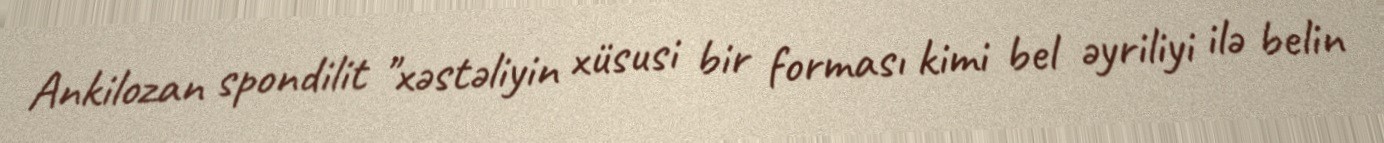
Ankilozan spondilit "xəstəliyin xüsusi bir forması kimi bel əyriliyi ilə belin